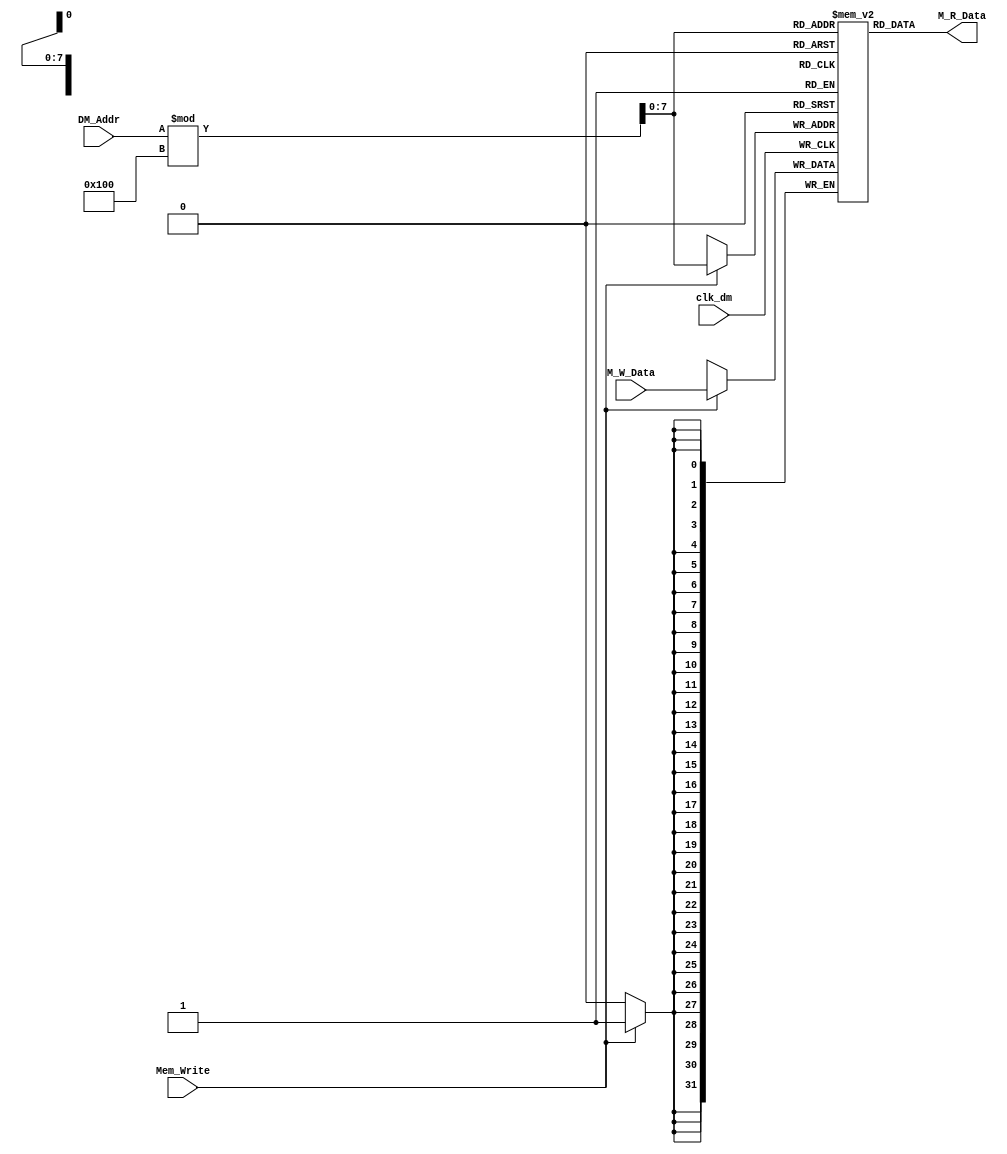
module DM (
    input clk_dm,
    input Mem_Write,
    input [31:0] DM_Addr,
    input [31:0]  M_W_Data,
    output [31:0] M_R_Data
);
    reg [31:0] _data[0:255];
    wire [7:0] _addr;
    integer i;

    initial begin
        for (i=0; i<256; i=i+1) begin
            _data[i]<=i+1;
        end
    end
    
    assign _addr=DM_Addr%256;
    assign M_R_Data=_data[_addr];

    always @(posedge clk_dm) begin
        if (Mem_Write) begin
            _data[_addr]<=M_W_Data;
        end
    end
    
endmodule